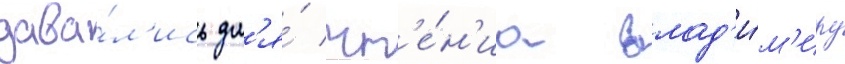
дава́л'ись дл'я́ чт'е́н'иа влад'и́м'иру